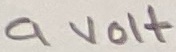
Text: 9VOLT